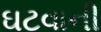
ઘટવાની